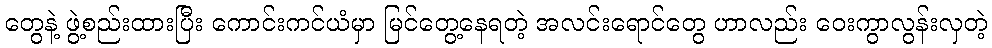
တွေနဲ့ ဖွဲ့စည်းထားပြီး ကောင်းကင်ယံမှာ မြင်တွေ့နေရတဲ့ အလင်းရောင်တွေ ဟာလည်း ဝေးကွာလွန်းလှတဲ့